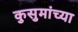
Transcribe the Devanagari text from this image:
कुसुमांच्या